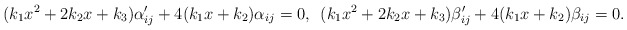
\begin{align*}(k_{1}x^{2}+2k_{2}x+k_{3})\alpha_{ij}^{\prime}+4(k_{1}x+k_{2})\alpha_{ij}=0,\,\,\,(k_{1}x^{2}+2k_{2}x+k_{3})\beta_{ij}^{\prime}+4(k_{1}x+k_{2})\mathbf{\beta}_{ij}=0.\end{align*}